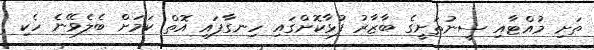
ތަށި މުއްޓާއި ސީނުތަށީގެ ބާޒާރު ފުޅާކޮށްގައި ހިނގާފައި އޮތް ކަމަށް ބެލެވޭނެ ހެކި